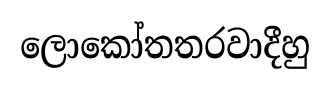
ලොකෝතතරවාදීහු